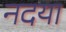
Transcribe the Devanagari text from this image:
नदया